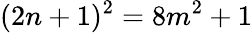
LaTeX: (2n+1)^{2}=8m^{2}+1